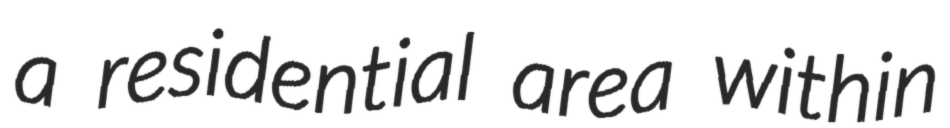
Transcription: a residential area within